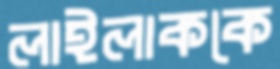
লাইলাককে